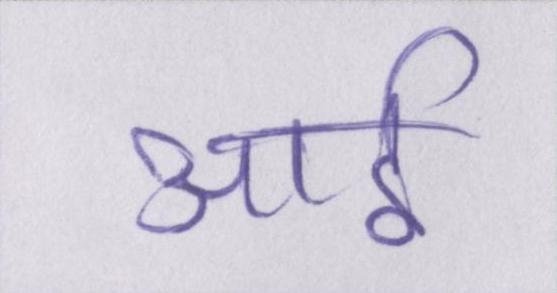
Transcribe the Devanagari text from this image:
आई